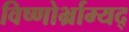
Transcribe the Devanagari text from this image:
विष्णोर्भ्राम्यद्